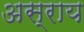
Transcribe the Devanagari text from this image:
अस्राय